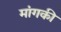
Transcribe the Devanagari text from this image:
मांगकी